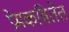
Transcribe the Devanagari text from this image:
प्रेमकवितेत